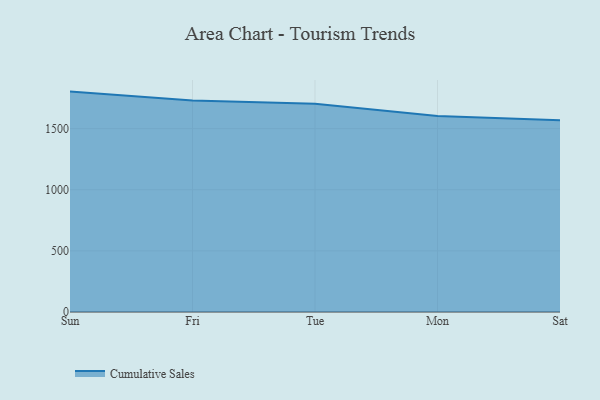
{"axis": {"x": "Day", "y": "Inventory Turnover"}, "legend": ["Cumulative Sales"], "data": [{"x": "Sun", "y": 1803.0, "type": "Cumulative Sales"}, {"x": "Fri", "y": 1731.1, "type": "Cumulative Sales"}, {"x": "Tue", "y": 1703.4, "type": "Cumulative Sales"}, {"x": "Mon", "y": 1603.6, "type": "Cumulative Sales"}, {"x": "Sat", "y": 1568.5, "type": "Cumulative Sales"}]}